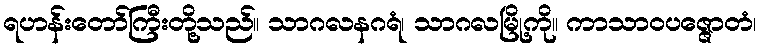
ရဟန်းတော်ကြီးတို့သည်။ သာဂလနဂရံ၊ သာဂလမြို့ကို။ ကာသာဝပဇ္ဇောတံ၊